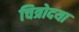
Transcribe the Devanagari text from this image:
चित्रोदया